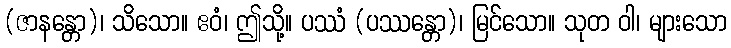
(ဇာနန္တော)၊ သိသော။ ဧဝံ၊ ဤသို့။ ပဿံ (ပဿန္တော)၊ မြင်သော။ သုတ ဝါ၊ များသော